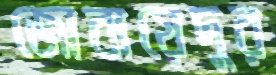
জোবায়েদুর